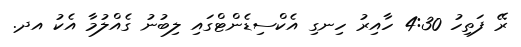
ރޭ ފަތިހު 4:30 ހާއިރު ހިނގި އެކްސިޑެންޓްގައި ލިބުނު ގެއްލުމާ އެކު އދ.